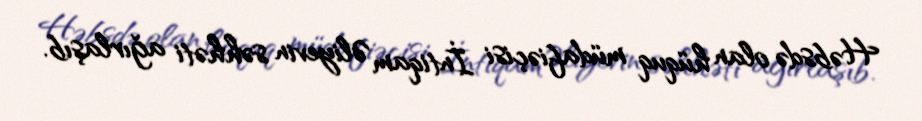
Həbsdə olan hüquq müdafiəçisi İntiqam Əliyevin səhhəti ağırlaşıb.